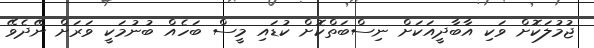
ޖުމުލަކޮށް ވަކި އާބާދީއަކަށް ނިސްބަތްކޮށް ކުޑައި މީސް ބަހެއް ބުނުމަކީ ވަރަށް ނޭދެވޭ